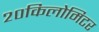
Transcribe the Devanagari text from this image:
२०किलोमिटर